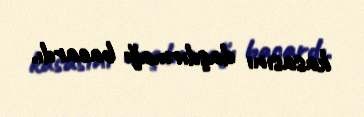
kasasını daşdırmağı bacardı.